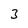
Character: 3